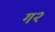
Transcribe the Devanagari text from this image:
ग२